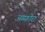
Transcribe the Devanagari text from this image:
अम्फ़ोरा